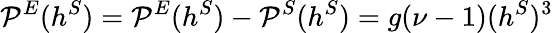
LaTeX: {\cal P}^{E}(h^{S})={\cal P}^{E}(h^{S})-{\cal P}^{S}(h^{S})=g(\nu-1)(h^{S})^{3}